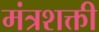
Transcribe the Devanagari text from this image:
मंत्रशक्ती